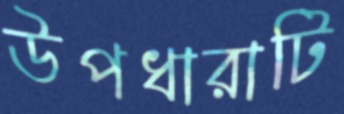
উপধারাটি